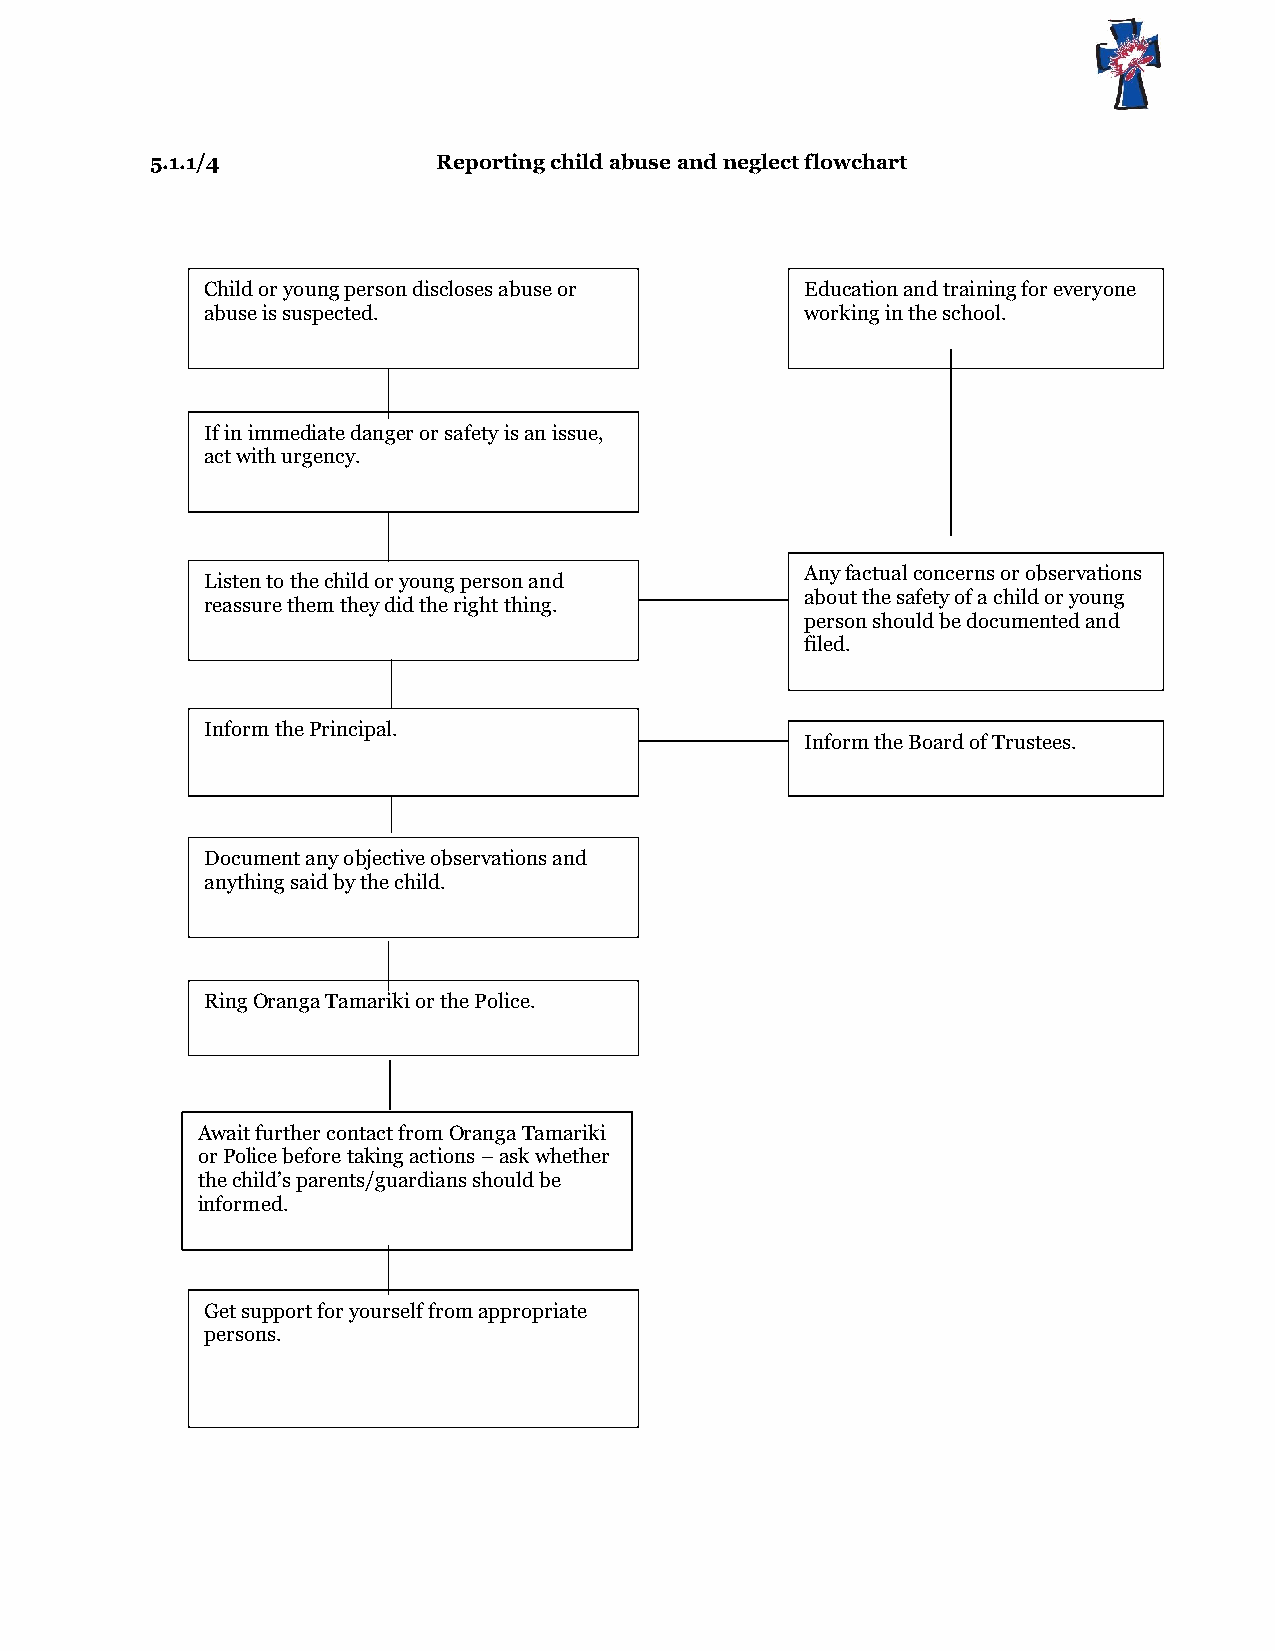
5.1.1/4            Reporting child abuse and neglect flowchart
 Child or young person discloses abuse or Education and training for everyone
 abuse is suspected.                    working in the school.
 If in immediate danger or safety is an issue,
 act with urgency.
 Any factual concerns or observations
 Listen to the child or young person and
 about the safety of a child or young
 reassure them they did the right thing.
 person should be documented and
 filed.
 Inform the Principal.
 Inform the Board of Trustees.
 Document any objective observations and
 anything said by the child.
 Ring Oranga Tamariki or the Police.
 Await further contact from Oranga Tamariki
 or Police before taking actions – ask whether
 the child’s parents/guardians should be
 informed.
 Get support for yourself from appropriate
 persons.